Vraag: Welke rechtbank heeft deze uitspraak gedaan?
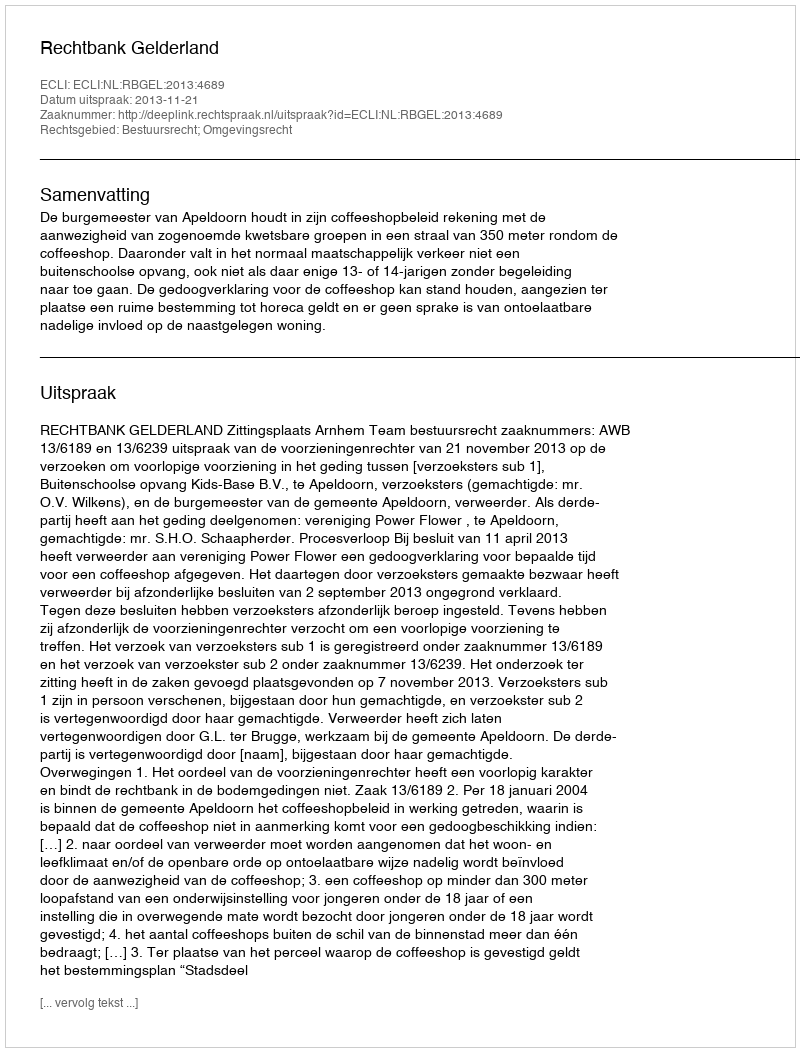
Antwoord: Rechtbank Gelderland